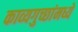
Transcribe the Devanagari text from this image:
काव्यगुच्छांमध्ये